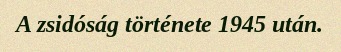
A zsidóság története 1945 után.